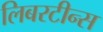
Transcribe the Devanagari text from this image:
लिबरटीन्स